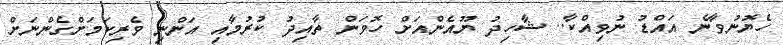
ހެޔޮނުވާނެ އައްޑު ނުވިއްކާ.. ޝާހިދު ޔޫއެންއަށް ހޮވަން ތާއިދު ކުރުމާއި އަންނި ވެރިކަމަށްގެންނަށް